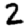
Digit: 2